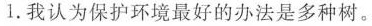
1.我认为保护环境最好的办法是多种树。